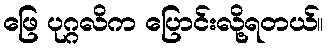
ဖြေ ပုဂ္ဂလိက ပြောင်းလို့ရတယ်။